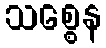
သစ္စေန